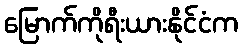
မြောက်ကိုရီးယားနိုင်ငံက